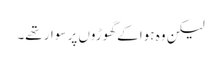
لیکن وہ ہوا کے گھوڑوں پر سوار تھے۔